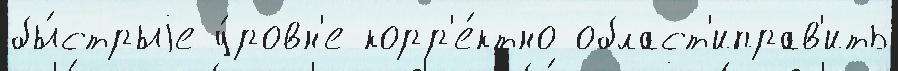
бы́стрыjе у́ровн'е корр'е́ктно област'иправ'ить